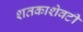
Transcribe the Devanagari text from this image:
शतकाशेवटी